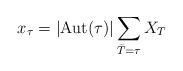
LaTeX: \begin{align*}x_\tau = |{\rm Aut}(\tau)|\sum_{\bar T=\tau}X_T\end{align*}